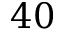
4 0